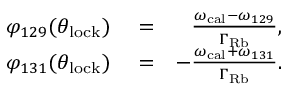
\begin{array} { r l r } { \varphi _ { 1 2 9 } ( \theta _ { \mathrm { l o c k } } ) } & { { } = } & { \frac { \omega _ { \mathrm { c a l } } - \omega _ { 1 2 9 } } { \Gamma _ { \mathrm { R b } } } , } \\ { \varphi _ { 1 3 1 } ( \theta _ { \mathrm { l o c k } } ) } & { { } = } & { - \frac { \omega _ { \mathrm { c a l } } + \omega _ { 1 3 1 } } { \Gamma _ { \mathrm { R b } } } . } \end{array}